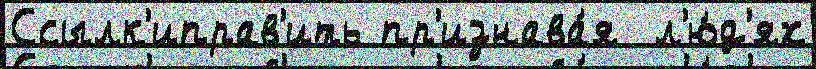
Ссылк'иправ'ить пр'изнава́я  л'ю́д'ях